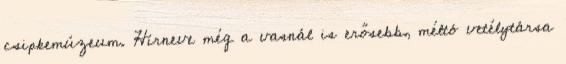
csipkemúzeum. Hírneve még a vasnál is erősebb, méltó vetélytársa